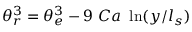
\theta _ { r } ^ { 3 } = \theta _ { e } ^ { 3 } - 9 \ C a \ \ln ( y / l _ { s } )